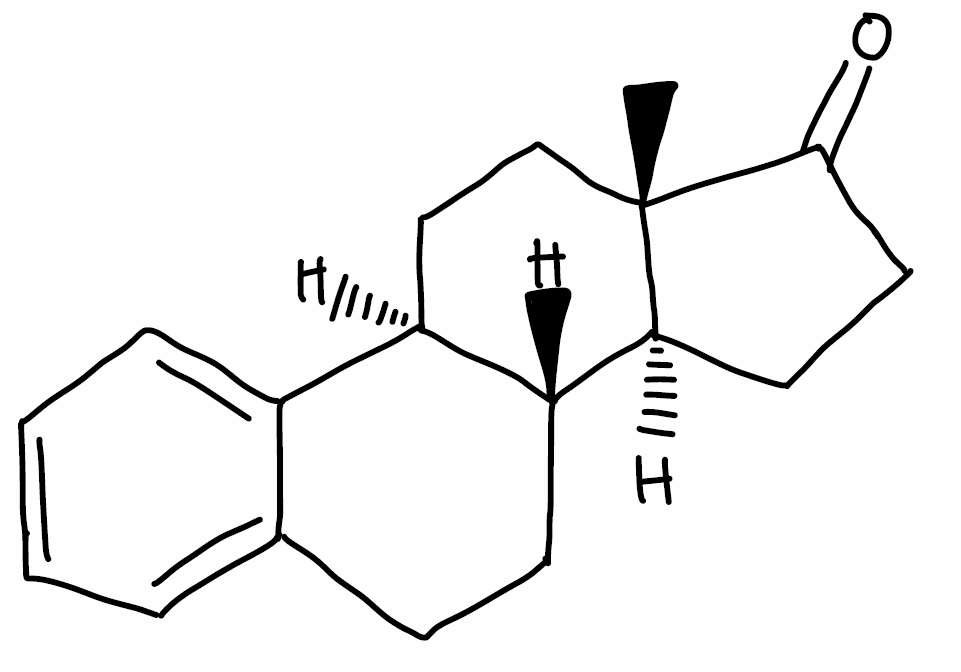
Simplified molecular-input line-entry system (SMILES) notation of the given molecule:
C[C@]12CC[C@H]3[C@H]([C@@H]1CCC2=O)CCC4=CC=CC=C34